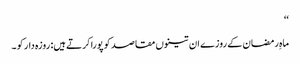
‘‘
ماہِ رمضان کے روزے ان تینوں مقاصد کو پورا کرتے ہیں: روزہ دار کو ۔